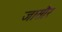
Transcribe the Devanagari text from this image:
जासौर